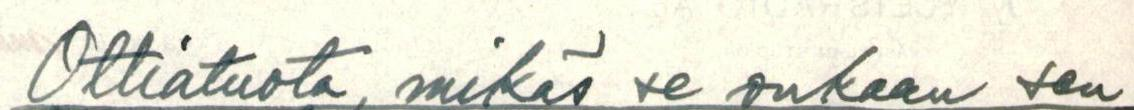
Ottiatuota, mikäs se onkaan sen